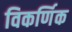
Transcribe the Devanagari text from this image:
विकर्णिक